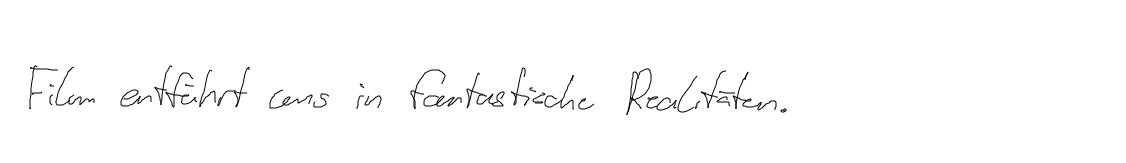
Film entführt uns in fantastische Realitäten.